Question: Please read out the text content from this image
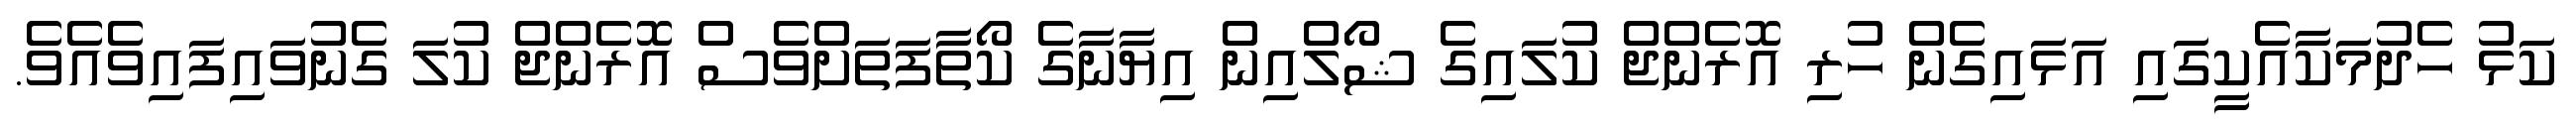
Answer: ކަޅު ހެދުމަކާއެކީގައި އަޅައިގެން ހުރި އޮރެންޖް ކުލައިގެ ޝޯލްއިން އިޔާނާގެ ކޯތާފަތަށްވެސް އޮރެންޖް ކުލަ ގެނުވައިފައިވެއެވެ.